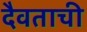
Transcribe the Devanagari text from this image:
दैवताची